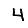
Digit: 4